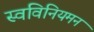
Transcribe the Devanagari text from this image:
स्वविनियमन